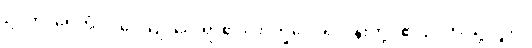
ဥဒကံ၊ ရေကို။ ဒဒေယျ၊ ပေးရာ၏။ ဘိက္ခဝေ၊ ရဟန်းတို့။ ဧဝဉှိ၊ ဤသို့လျှင်။